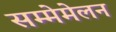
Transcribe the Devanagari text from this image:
सम्मेमेलन